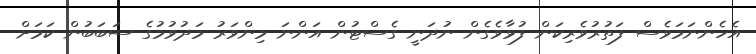
އެހެންނަމަވެސް ފަތުރުވެރިކަން ފުޅާވެގެން ނުދަނީ ގެސްޓުން އަންނަ މިންވަރު މަދުވުމުގެ ސަބަބުން ކަމަށް